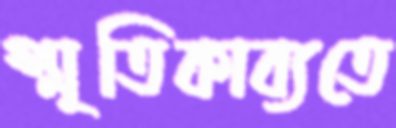
স্মৃতিকাব্যতে